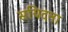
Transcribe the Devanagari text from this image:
सयिदना